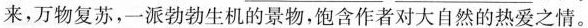
来，万物复苏，一派勃勃生机的景物，饱含作者对大自然的热爱之情。